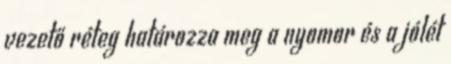
vezető réteg határozza meg a nyomor és a jólét